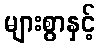
များစွာနှင့်